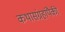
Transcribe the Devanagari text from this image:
कथासंग्रहांपैकी